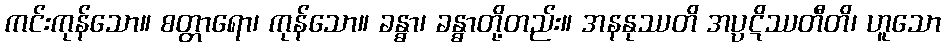
ကင်းကုန်သော။ စတ္တာရော၊ ကုန်သော။ ခန္ဓာ၊ ခန္ဓာတို့တည်း။ အနနုဿတိ အပ္ပဋိဿတီတိ၊ ဟူသော